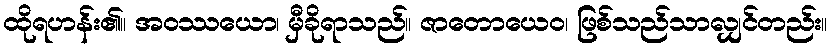
ထိုရဟန်း၏။ အဝဿယော၊ မှီခိုရာသည်။ ဇာတောယေဝ၊ ဖြစ်သည်သာလျှင်တည်း။